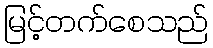
မြင့်တက်စေသည်